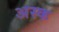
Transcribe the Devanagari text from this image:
अस्क